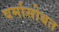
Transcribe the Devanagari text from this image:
वर्मासोबत